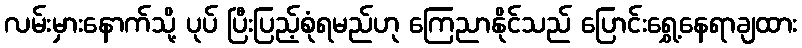
လမ်းမှားနောက်သို့ ပုပ် ပြီးပြည့်စုံရမည်ဟု ကြေညာနိုင်သည် ပြောင်းရွှေ့နေရာချထား